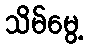
သိမ်မွေ့